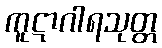
ကူဋာဂါရသုတ္တ